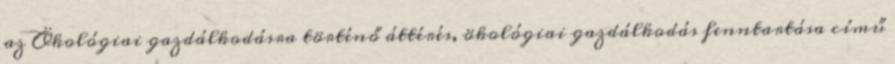
az Ökológiai gazdálkodásra történő áttérés, ökológiai gazdálkodás fenntartása című